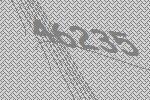
46235